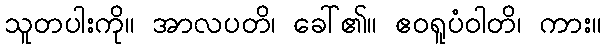
သူတပါးကို။ အာလပတိ၊ ခေါ်၏။ ဧဝရူပံဝါတိ၊ ကား။